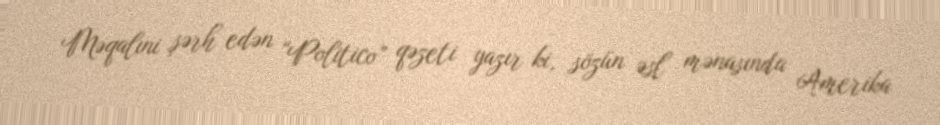
Məqalıni şərh edən “Politico” qəzeti yazır ki, sözün əsl mənasında Amerika